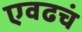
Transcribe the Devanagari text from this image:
एवढचं